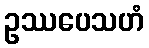
ဥဿပေသဟံ